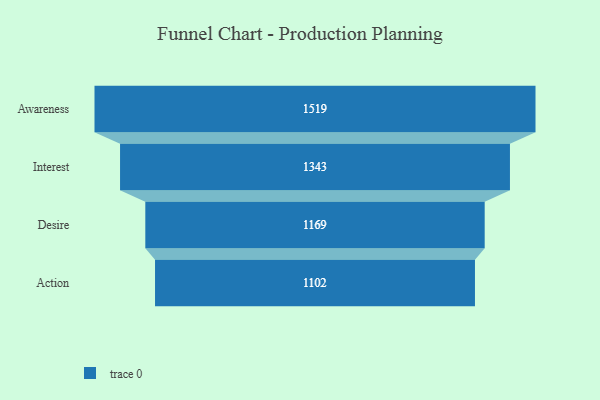
{"axis": {"x": "Stage", "y": "Value"}, "legend": [""], "data": [{"x": "Awareness", "y": 1519.0, "type": ""}, {"x": "Interest", "y": 1343.0, "type": ""}, {"x": "Desire", "y": 1169.0, "type": ""}, {"x": "Action", "y": 1102.0, "type": ""}]}